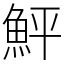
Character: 鮃